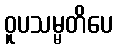
ဝူပသမ္မတိပေ